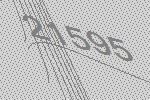
21595